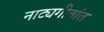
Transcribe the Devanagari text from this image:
नाट्यगीतांत